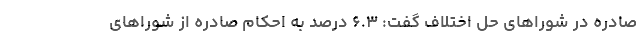
صادره در شوراهای حل اختلاف گفت: ۶.٣ درصد به احکام صادره از شوراهای